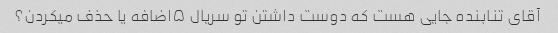
آقای تنابنده جایی هست که دوست داشتن تو سریال ۵اضافه یا حذف میکردن؟